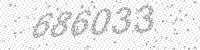
Solution: 686033